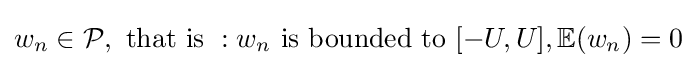
w_{n}\in {\mathcal {P}},{\text{ that is }}:w_{n}{\text{ is bounded to }}[-U,U],\mathbb {E} (w_{n})=0